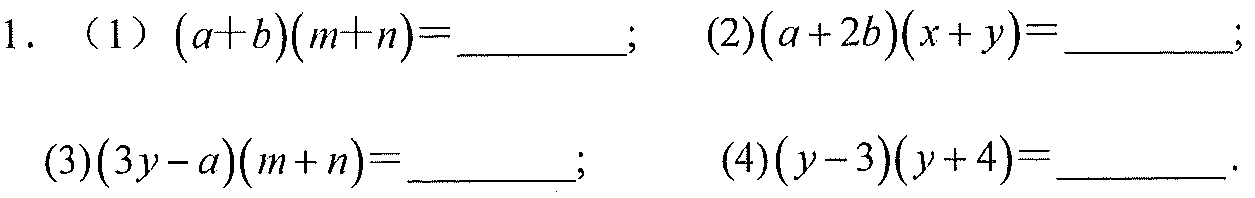
1. （1）\((a + b)(m + n)=\underline{\quad\quad}\);  (2)\((a + 2b)(x + y)=\underline{\quad\quad}\);
   (3)\((3y - a)(m + n)=\underline{\quad\quad}\);  (4)\((y - 3)(y + 4)=\underline{\quad\quad}\).